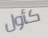
كأول